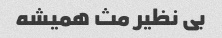
بی نظیر مث همیشه